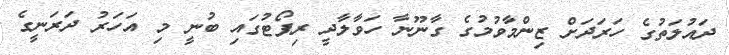
ދައުލަތުގެ ހަރަދަށް ޒިންމާވުމުގެ ގާނޫނާ ހަވާލާދީ ރިޕޯޓުގައި ބުނީ މި އަހަރު ދަރަނީގެ